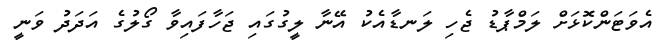
އެވަޓަންކޮޅަށް ލަމްޕާޑު ޖެހި ލަނޑާއެކު އޭނާ ލީގުގައި ޖަހާފައިވާ ގޯލުގެ އަދަދު ވަނީ